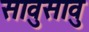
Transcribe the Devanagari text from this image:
सावुसावु